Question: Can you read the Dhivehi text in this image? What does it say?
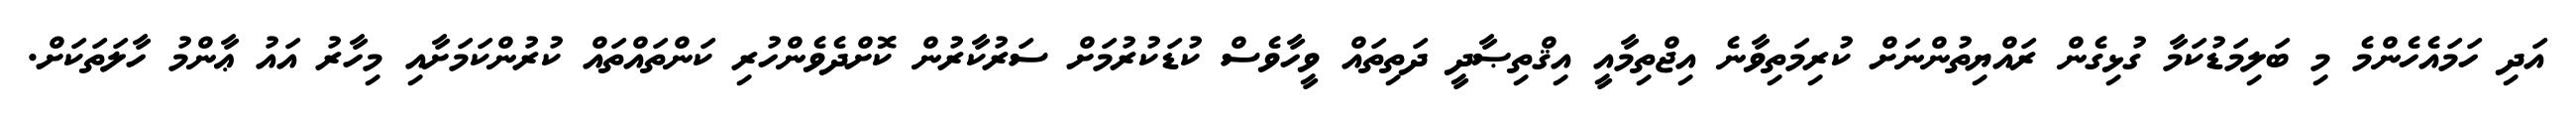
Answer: އަދި ހަމައެހެންމެ މި ބަލިމަޑުކަމާ ގުޅިގެން ރައްޔިތުންނަށް ކުރިމަތިވާނެ އިޖްތިމާއީ އިޤްތިޞާދީ ދަތިތައް ވީހާވެސް ކުޑަކުރުމަށް ސަރުކާރުން ކޮށްދެވެންހުރި ކަންތައްތައް ކުރުންކަމަށާއި މިހާރު އައު ޢާންމު ހާލަތަކަށް.